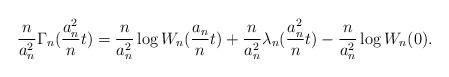
LaTeX: \begin{align*}\frac{n}{a_n^2}\Gamma_n(\frac{a_n^2}{n}t)=\frac{n}{a_n^2}\log W_n(\frac{a_n}{n}t)+\frac{n}{a_n^2}\lambda_n(\frac{a_n^2}{n}t)-\frac{n}{a_n^2}\log W_n(0).\end{align*}